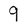
Character: 9